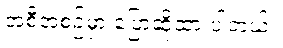
အစီအစဉ်မှာ ပြောဆိုထားပါတယ်။